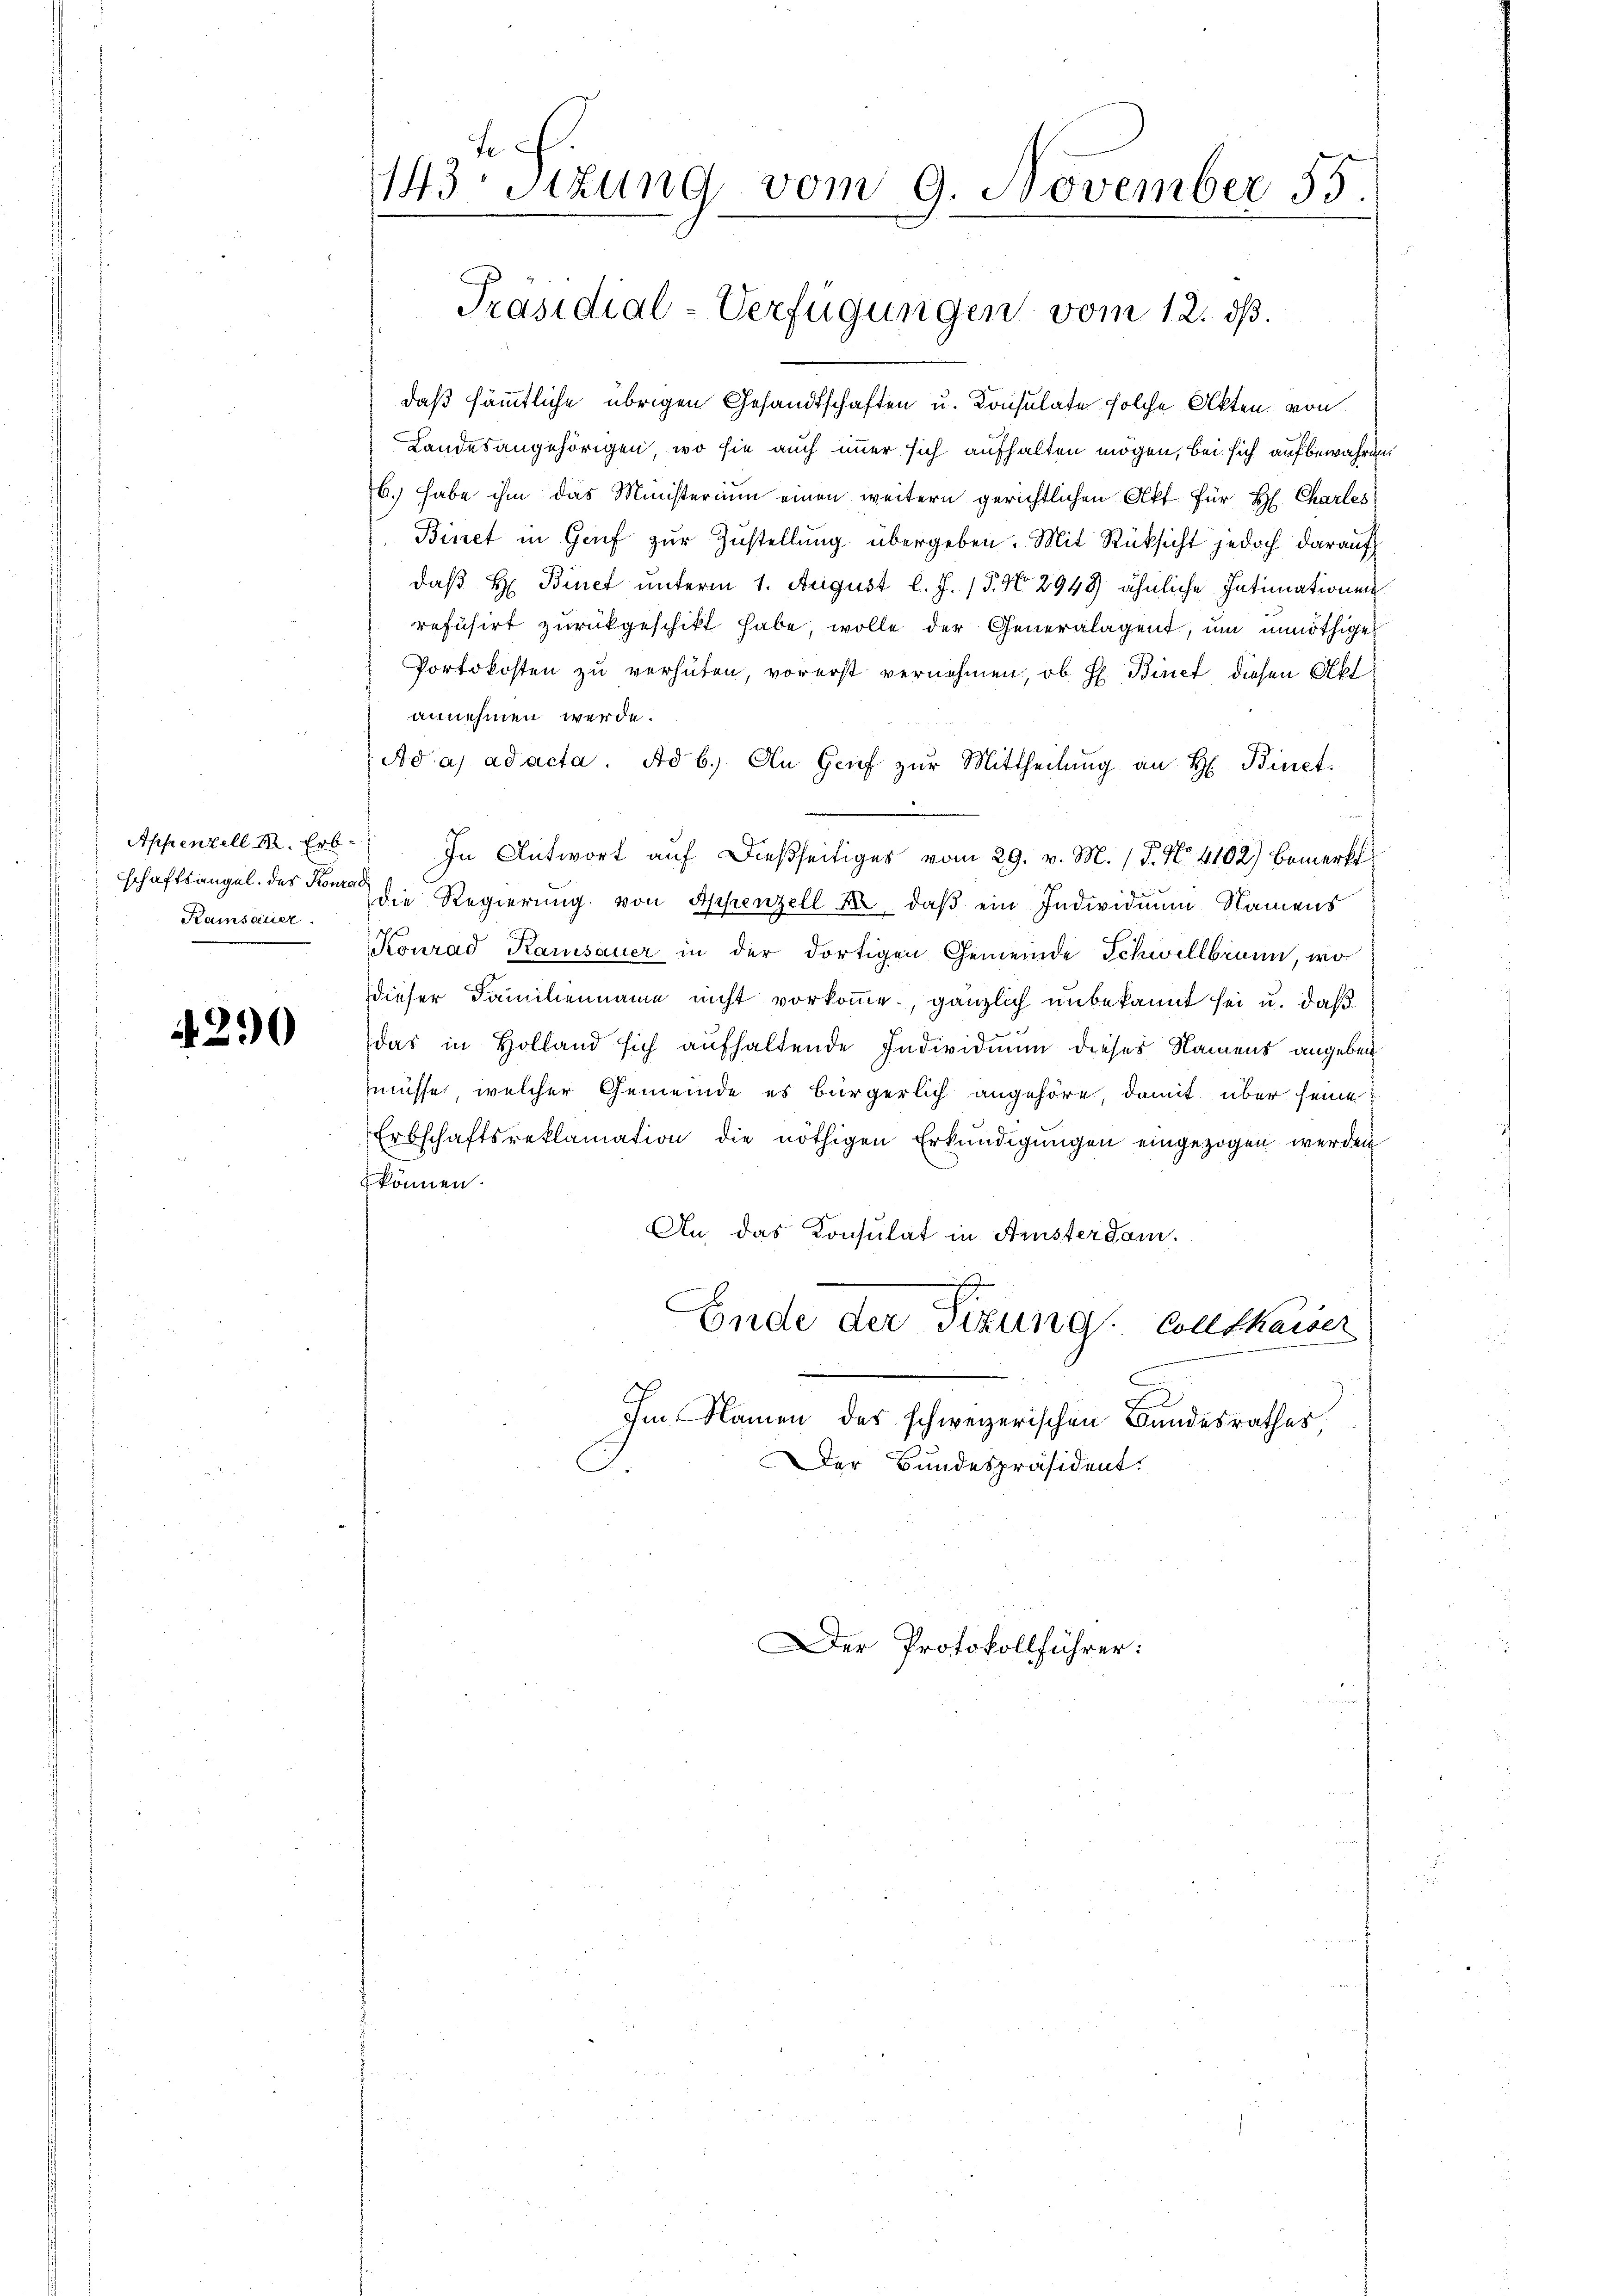
Appenzell M. Erbschaftsangel. des Konrad
Ramsauer.

4290

143Stzung vom 9. November 55.
a

daß sämmtliche übrigen Gesandtschaften u. Konsulate solche Akten, von
Landesangehörigen, wo sie auch immer sich aufhalten mögen, bei sich aufbewahren.
b. habe ihm das Ministerium einen weitern gerichtlichen Akt für H. Charles
Binet in Genf zur Zustellung übergeben. Mit Rücksicht jedoch darauf
daß H: Binet unterm 1. August l. J. 15. No 2948) ähnliche Intimationen
refüsirt zurückgeschikt habe, wolle der Generalagent, um unnöthige
Portokosten zu verhüten, vorerst vernehmen, ob H Binet diesen Akt
annehmen werde.
Ad as ad acta. Ad b.) An Genf zur Mittheilung an H: Binet
In Antwort auf dießseitiges vom 29. v. M. P. No. 4102) bemerkt
die Regierung von Appenzell u. daβ ein Individuum Namens
Konrad Kamisauer in der dortigen Gemeinde Schwellbrann, wo
dieser Familienname nicht vorkomme, gänzlich unbekannt sei u. daß
das in Holland sich aufhaltende Individuum dieses Namens angebenmüsse, welcher Gemeinde es bürgerlich angehöre, damit über seine
Erbschaftsreklamation die nöthigen Erkŭndigŭngen eingezogen werden
können.
An das Konsulat in Aristerdam.
Ende der Sizung. Solltkaiser
t
Im Namen des schweizerischen Bundesrathes
Der Bundespräsident.
Der Protokollführer:

Präsidial-Verfügungen vom 12. ds.